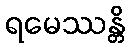
ရမေဿန္တိ